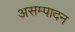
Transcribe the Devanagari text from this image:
असम्पादन